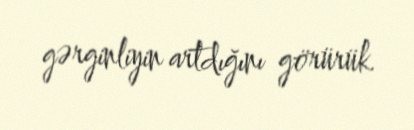
gərginliyin artdığını görürük.